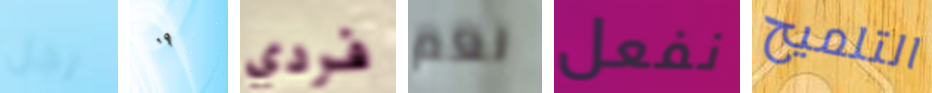
رجل ٠٩ فردي نعم نفعل التلميح